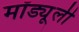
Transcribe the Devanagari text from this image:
मॉड्यूली